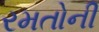
રમતોની